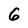
Character: 6